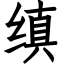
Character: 缜